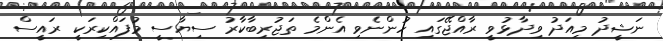
ނަޝީދު މިއަދު ވިދާޅުވީ ރާއްޖޭގައި ހުންނެވި އެންމެ ތަޖުރިބާކާރު ސިޔާސީ މުފައްކިރަކީ ރައީސް